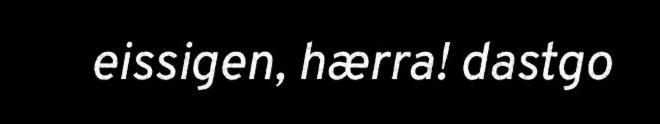
eissigen, hærra! dastgo